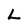
Character: L